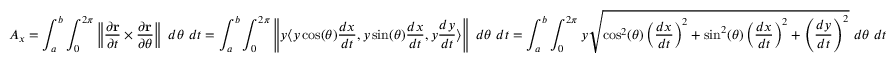
A _ { x } = \int _ { a } ^ { b } \int _ { 0 } ^ { 2 \pi } \left\| { \frac { \partial \mathbf { r } } { \partial t } } \times { \frac { \partial \mathbf { r } } { \partial \theta } } \right\| \ d \theta \ d t = \int _ { a } ^ { b } \int _ { 0 } ^ { 2 \pi } \left\| y \langle y \cos ( \theta ) { \frac { d x } { d t } } , y \sin ( \theta ) { \frac { d x } { d t } } , y { \frac { d y } { d t } } \rangle \right\| \ d \theta \ d t = \int _ { a } ^ { b } \int _ { 0 } ^ { 2 \pi } y { \sqrt { \cos ^ { 2 } ( \theta ) \left( { \frac { d x } { d t } } \right) ^ { 2 } + \sin ^ { 2 } ( \theta ) \left( { \frac { d x } { d t } } \right) ^ { 2 } + \left( { \frac { d y } { d t } } \right) ^ { 2 } } } \ d \theta \ d t